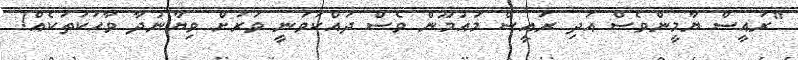
"ރައީސް ޔާމީންވެސް އަދި ރައީސް މައުމޫން ވެސް ދައްކަވަނީ ވަރަށް ވިޔާނުދާ ވާހަކަތަކެއް!